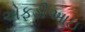
એફડીઆઇ